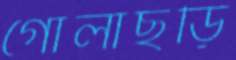
গোলাছড়ি